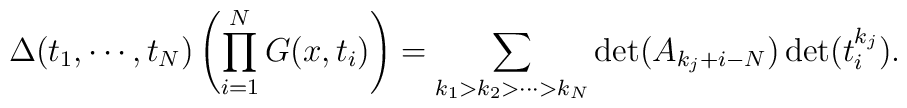
\Delta (t_1, \cdots, t_N) \left( \prod_{i=1}^N G(x,t_i) \right) =\sum_{k_1 > k_2 > \cdots > k_N} \det (A_{k_j+i-N}) \det ( t_i^{k_j}).